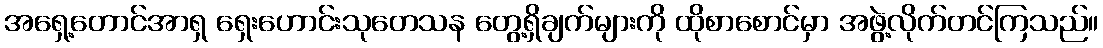
အရှေ့တောင်အာရှ ရှေးဟောင်းသုတေသန တွေ့ရှိချက်များကို ထိုစာစောင်မှာ အဖွဲ့လိုက်တင်ကြသည်။